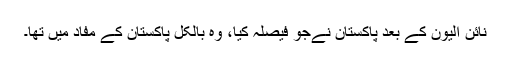
نائن الیون کے بعد پاکستان نےجو فیصلہ کیا، وہ بالکل پاکستان کے مفاد میں تھا۔